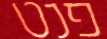
פנט